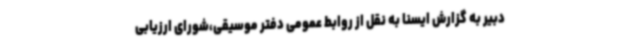
دبیر به گزارش ایسنا به نقل از روابط عمومی دفتر موسیقی،شورای ارزیابی